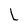
Character: L